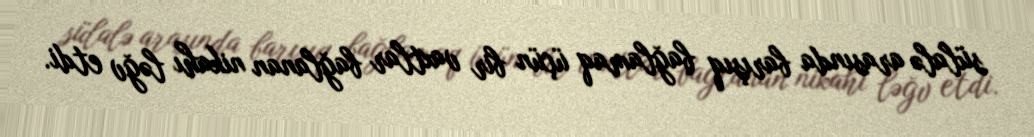
sülalə arasında barışıq bağlamaq üçün bir vaxtlar bağlanan nikahı ləğv etdi.